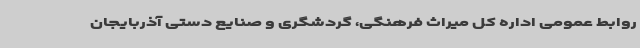
روابط عمومی اداره ‌کل میراث فرهنگی، گردشگری و صنایع دستی آذربایجان